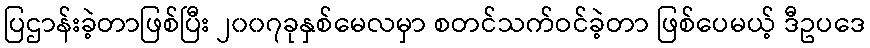
ပြဌာန်းခဲ့တာဖြစ်ပြီး ၂၀၀၇ခုနှစ်မေလမှာ စတင်သက်ဝင်ခဲ့တာ ဖြစ်ပေမယ့် ဒီဥပဒေ